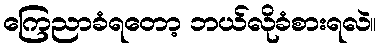
ကြေညာခံရတော့ ဘယ်လိုခံစားရလဲ။